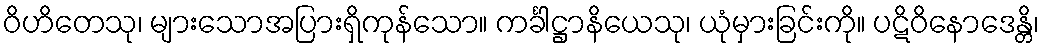
ဝိဟိတေသု၊ များသောအပြားရှိကုန်သော။ ကင်္ခါဋ္ဌာနိယေသု၊ ယုံမှားခြင်းကို။ ပဋိဝိနောဒေန္တိ၊